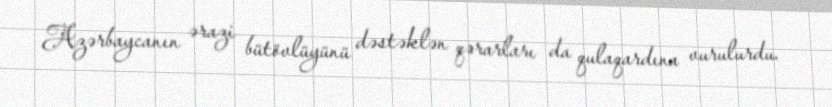
Azərbaycanın ərazi bütövlüyünü dəstəklən qərarları da qulaqardına vurulurdu.